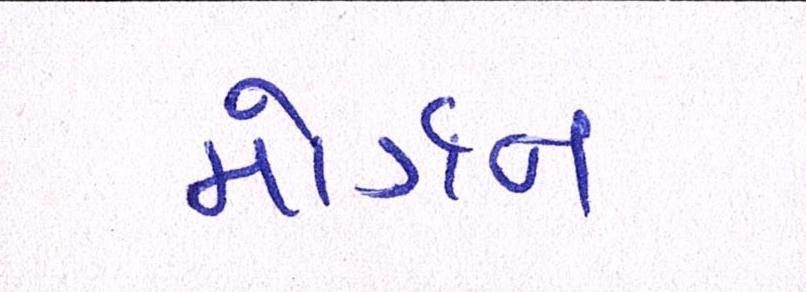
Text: મોર્ગન